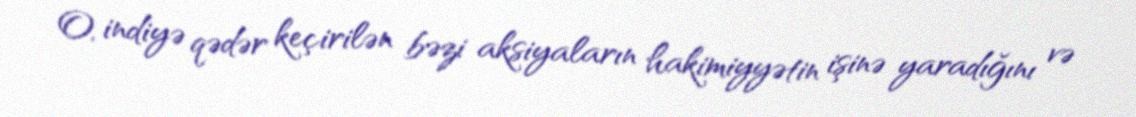
O, indiyə qədər keçirilən bəzi aksiyaların hakimiyyətin işinə yaradığını və